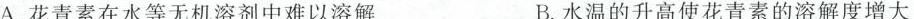
A.花青素在水等无机溶剂中难以溶解 B.水温的升高使花青素的溶解度增大